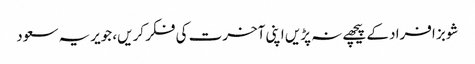
شوبز افراد کے پیچھے نہ پڑیں اپنی آخرت کی فکر کریں، جویریہ سعود